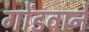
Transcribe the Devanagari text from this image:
गोंडवाने